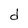
Character: d